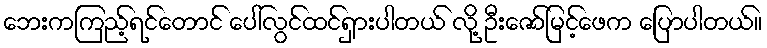
ဘေးကကြည့်ရင်တောင် ပေါ်လွင်ထင်ရှားပါတယ် လို့ ဦးဇော်မြင့်ဖေက ပြောပါတယ်။